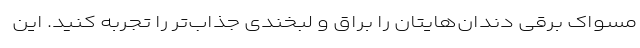
مسواک برقی دندان‌هایتان را براق و لبخندی جذاب‌تر را تجربه کنید. این